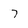
Character: 7